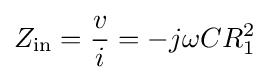
Z_{\text{in}}={v \over i}=-j\omega CR_{1}^{2}